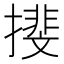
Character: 𢵪